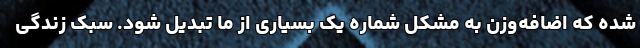
شده که اضافه‌وزن به مشکل شماره یک بسیاری از ما تبدیل شود. سبک زندگی